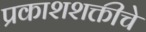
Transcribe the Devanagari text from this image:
प्रकाशशक्तीचे